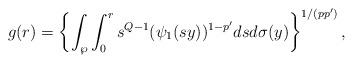
LaTeX: \begin{align*}g(r)=\left\{\int_{\wp}\int_{0}^{r}s^{Q-1}(\psi_{1}(sy))^{1-p'}dsd\sigma(y)\right\}^{1/(pp')},\end{align*}